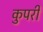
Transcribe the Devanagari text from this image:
कुपरी